Report on vaccination in Madras 1904-1921 - 1904-1921
Year: 1904
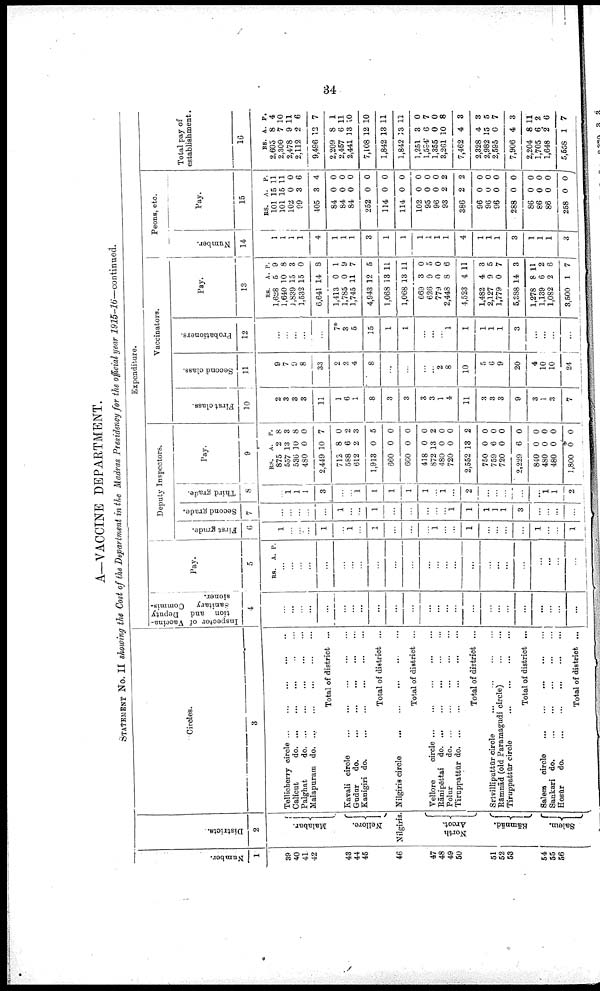
34
A—VACCINE DEPARTMENT.
STATEMENT No. II showing the Cost of the Department in the Madras Presidency for the official year 1915-16—continued.
Number.
1
39
40
41
42
43
44
45
46
47
48
49
50
51
52
53
54
55
56
Districts.
2
Malabar.
Nellore.
Nilgiris.
North
Arcot.
Rāmnād.
Salem.
Circles.
3
Tellicherry circle
...
...
...
...
...
Calicut
d
o
. ... ... ... ... ...
Palghat
d
o
. ... ... ... ... ...
Malapuram do. ... ... ... ... ...
Total of district ...
Kavali circle
...
...
...
...
...
Gudur
do.
...
...
...
...
Kanigiri do.
...
...
...
...
...
Total of district ...
Nilgiris circle
...
...
...
...
...
Total of district ...
Vellore
circle ... ... ... ... ...
Rānipēttai do. ... ... ... ... ...
Polur
d
o
. ... ... ... ...
Tiruppattūr do.
...
...
...
...
...
Total of district ...
Srivilliputtūr circle
...
...
...
...
Rāmnād (old Paramagudi circle)
...
...
Tiruppattūr circle
...
...
...
...
Total of district ...
Salem circle ... ... ... ... ...
Sankari do.
...
...
...
...
...
Hosūr
do. ... ... ... ... ...
Total of district ...
Expenditure.
Inspector of Vaccina
tum and Deputy
Sanitary Commis
sioner.
4
...
...
...
...
...
...
...
...
...
...
...
...
...
...
...
...
...
...
...
...
...
...
...
...
Pay.
5
RS. A. P.
...
...
...
...
...
...
...
...
...
...
...
...
...
...
...
...
...
...
...
...
...
...
...
...
Deputy Inspectors.
First grade.
6
1
...
...
...
1
...
1
...
1
...
...
...
1
...
...
1
...
...
...
...
1
...
...
1
Second grade.
7
...
...
...
...
...
1
...
...
1
...
...
...
...
... 1
1
1
1
1
3
...
...
...
...
Third grade.
8
...
1
1
1
3
...
...
1
1
1
1
1
...
1
...
2
...
...
...
...
...
1 1
2
Pay.
9
RS.
875
557
536
480
2,449
712
588
612
1,913
660
660
418
872
480
720
2,552
750
759
720
2,229
840
480
480
1,800
A.
2
13
10
0
10
8
6
2
0
0
0
0
13
0
0
13
0
6
0
6
0
0
0
0
P.
8
3
8
0
7
0
2
3
5
0
0
0
2
0
0
2
0
0
0
0
0
0
0
0
Vaccinators.
First class.
10
2
3
3
3
11
1
6
1
8
3
3
3
3
1
4
11
3
3
3
9
3
1
3
7
Second class.
11
9
7
9
8
33
2
2
4
8
...
...
...
...
2
8
10
5
6
9
20
4
10
10
24
Probationers.
12
...
...
...
...
...
7*
3
5
15
1
1
...
...
...
1
1
1
1
1
3
...
...
...
...
Pay.
13
RS.
1,628
1,640
1,839
1,532
6,641
1,413
1,785
1,745
4,943
1,068
1,068
669
626
779
2,448
4,523
1,482
2,127
1,779
5,388
1,278
1,139
1,082
3,500
A.
5
10
15
15
14
0
0
11
12
13
13
3
9
0
8
4
4
9
0
14
8
6
2
1
P.
9
8
3
0
8
1
9
7
5
11
11
0
5
0
6
11
3
5
7
3
11
2
6
7
Peons, etc.
Number.
14
1
1
1
1
4
1
1
1
3
1
1
1
1
1
1
4
1
1
1
3
1
1
1
3
Pay.
15
RS.
101
101
102
99
405
84
84
84
252
114
114
102
95
96
93
386
96
96
96
288
86
86
86
258
A.
15
15
0
3
3
0
0
0
0
0
0
0
0
0
2
2
0
0
0
0
0
0
0
0
P.
11
11
0
6
4
0
0
0
0
0
0
0
0
0
2
2
0
0
0
0
0
0
0
0
Total pay of
establishment.
16
RS.
2,605
2,300
2,478
2,112
9,496
2,209
2,457
2,441
7,108
1,842
1,842
1,251
1,594
1,355
3,261
7,462
2,328
2,982
2,595
7,906
2,204
1,705
1,648
5,558
A.
8
7
9
2
12
8
6
13
12
13
13
3
6
0
10
4
4
15
0
4
8
6
2
1
P.
4
10
11
6
7
1
11
10
10
11
11
0
7
0
8
3
3
5
7
3
11
2
6
7